Leaving Certificate Examination (including Day School Certificate (Higher) General paper), 1929
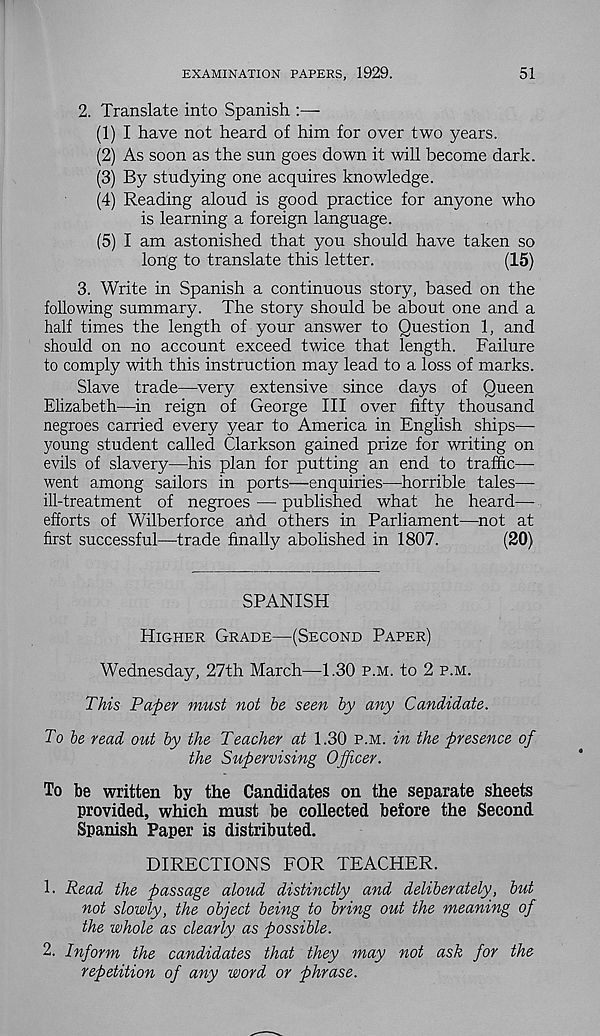
EXAMINATION PAPERS, 1929.
51
2. Translate into Spanish :—
(1) I have not heard of him for over two years.
(2) As soon as the sun goes down it will become dark.
(3) By studying one acquires knowledge.
(4) Reading aloud is good practice for anyone who
is learning a foreign language.
(5) I am astonished that you should have taken so
long to translate this letter.
(15)
3. Write in Spanish a continuous story, based on the
following summary. The story should be about one and a
half times the length of your answer to Question 1, and
should on no account exceed twice that length. Failure
to comply with this instruction may lead to a loss of marks.
Slave trade—very extensive since days of Queen
Elizabeth—in reign of George III over fifty thousand
negroes carried every year to America in English ships—
young student called Clarkson gained prize for writing on
evils of slavery—his plan for putting an end to traffic—-
went among sailors in ports—enquiries—horrible tales—
ill-treatment of negroes — published what he heard—
efforts of Wilberforce arid others in Parliament—not at
first successful—trade finally abolished in 1807.
(20)
SPANISH
Higher Grade—(Second Paper)
Wednesday, 27th March—1.30 p.m. to 2 p.m.
This Paper must not he seen by any Candidate.
To he read out by the Teacher at 1.30 p.m. in the presence of
the Supervising Officer.
To be written by the Candidates on the separate sheets
provided, which must be collected before the Second
Spanish Paper is distributed.
DIRECTIONS FOR TEACHER.
1. Read the passage aloud distinctly and deliberately, but
not slowly, the object being to bring out the meaning of
the whole as clearly as possible.
2. Inform the candidates that they may not ask for the
repetition of any word or phrase.